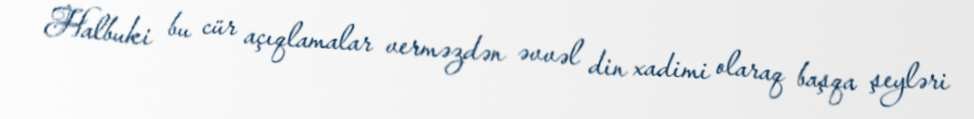
Halbuki bu cür açıqlamalar verməzdən əvvəl din xadimi olaraq başqa şeyləri